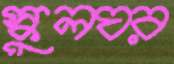
স্কুলঘর